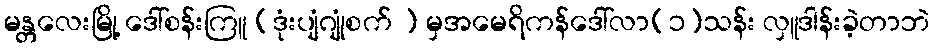
မန္တလေးမြို့ ဒေါ်စန်းကြူ (ဒုံးပျံဂျုံစက် ) မှအမေရိကန်ဒေါ်လာ(၁)သန်း လှူဒါန်းခဲ့တာဘဲ